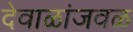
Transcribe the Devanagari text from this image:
देवाळांजवळ